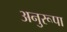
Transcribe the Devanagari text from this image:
अनुरूपा